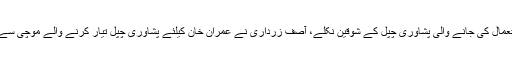
سابق صدر پیپلز پارٹی کے شریک چیئرمین آصف علی زرداری عمران خان کی جانب سے استعمال کی جانے والی پشاوری چپل کے شوقین نکلے، آصف زرداری نے عمران خان کیلئے پشاوری چپل تیار کرنے والے موچی سے اپنے لیے بھی خصوصی چپل تیار کرنے کی درخواست کی تھی اور کاریگر کو ناپ بھی دیا۔